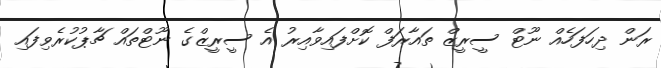
ރަން ދިހަފަހެއް ނޫޓް ސީރީޒް ތައާރަފް ކޮށްފައިވާއިރު އެ ސީރީޒްގެ ނޫޓްތައް ޗާޕުކުރެވިފައި